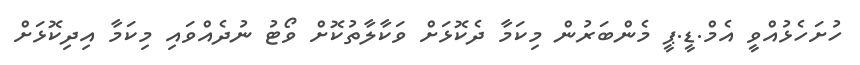
ހުށަހެޅުއްވީ އެމް.ޑީ.ޕީ މެންބަރުން މިކަމާ ދެކޮޅަށް ވަކާލާތުކޮށް ވޯޓު ނުދެއްވައި މިކަމާ އިދިކޮޅަށް